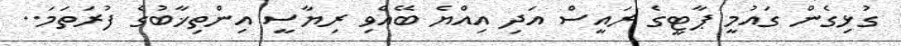
ގުޅިގެން ގައުމީ ޕާޓީގެ ރައީސް އަދި އިއްޔެ ބޭއްވި ރިޔާސީ އިންތިޚާބުގެ ފުރަތަމަ..